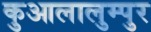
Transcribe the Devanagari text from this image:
कुआलालुम्पुर